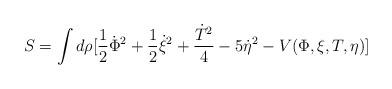
LaTeX: \begin{align*}S = \int d\rho [\frac{1}{2}\dot{\Phi}^{2}+\frac{1}{2}\dot{\xi}^{2} +\frac{\dot{T}^{2}}{4} -5\dot{\eta}^{2}-V(\Phi,\xi,T,\eta)]\end{align*}